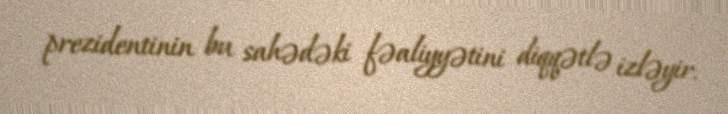
prezidentinin bu sahədəki fəaliyyətini diqqətlə izləyir.